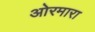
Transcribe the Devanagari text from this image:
ओरमारा